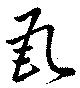
瓦